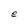
Character: e